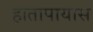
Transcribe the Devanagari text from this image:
हातापायास